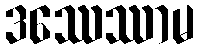
ဒဿေဿာမ